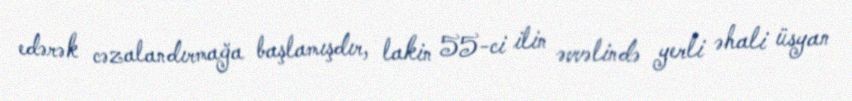
edərək cəzalandırmağa başlamışdır, lakin 55-ci ilin əvvəlində yerli əhali üsyan